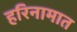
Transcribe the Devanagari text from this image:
हरिनामात